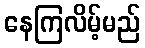
နေကြလိမ့်မည်